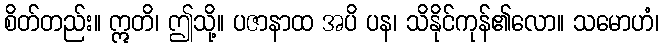
စိတ်တည်း။ ဣတိ၊ ဤသို့။ ပဇာနာထ အပိ ပန၊ သိနိုင်ကုန်၏လော။ သမောဟံ၊